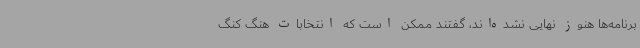
برنامه‌ها هنوز نهایی نشده‌اند، گفتند ممکن است که انتخابات هنگ کنگ